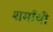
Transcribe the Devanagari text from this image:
शर्मांची